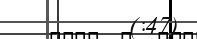
(:47)